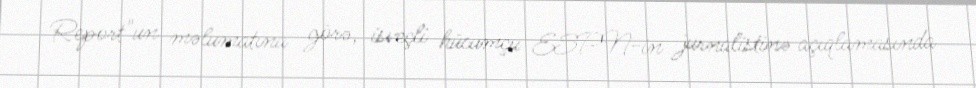
Report"un məlumatına görə, isveçli hücumçu ESPN-in jurnalistinə açıqlamasında